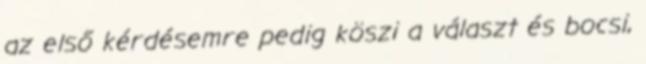
az első kérdésemre pedig köszi a választ és bocsi,